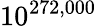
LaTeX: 10^{272,000}